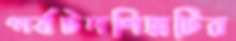
পর্যটনশিল্পটির